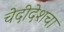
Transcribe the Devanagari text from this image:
चेदीदेशचा